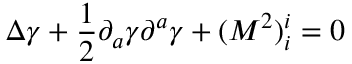
\Delta \gamma + { \frac { 1 } { 2 } } { \partial } _ { a } \gamma { \partial } ^ { a } \gamma + ( M ^ { 2 } ) _ { i } ^ { i } = 0